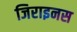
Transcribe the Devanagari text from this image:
जिराइनस